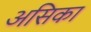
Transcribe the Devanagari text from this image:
असिका